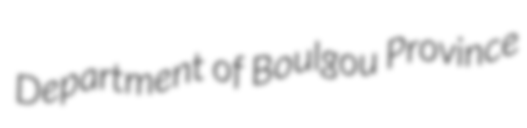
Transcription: Department of Boulgou Province